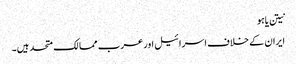
نیتن یاہو
ایران کے خلاف اسرائیل اور عرب ممالک متحد ہیں۔